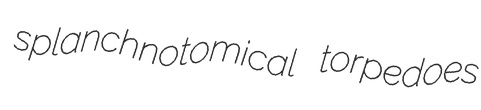
splanchnotomical torpedoes